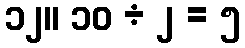
၁၂။ ၁၀ ÷ ၂ = ၅